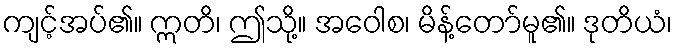
ကျင့်အပ်၏။ ဣတိ၊ ဤသို့။ အဝေါစ၊ မိန့်တော်မူ၏။ ဒုတိယံ၊